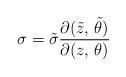
LaTeX: \begin{align*}\sigma={\tilde \sigma}\frac{\partial ({\tilde z},\,{\tilde \theta})}{\partial (z,\,\theta)}\end{align*}